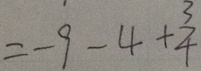
= - 9 - 4 + \frac { 3 } { 4 }